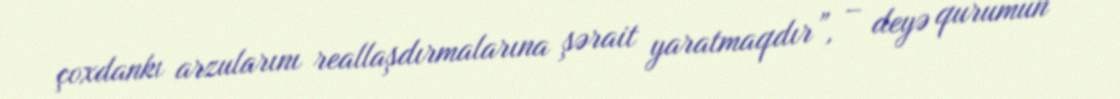
çoxdankı arzularını reallaşdırmalarına şərait yaratmaqdır”, – deyə qurumun